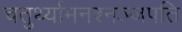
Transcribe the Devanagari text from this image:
चतुर्थ्यामनश्नञ्जपति